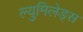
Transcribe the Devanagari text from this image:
ल्युमिलेड्स